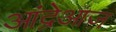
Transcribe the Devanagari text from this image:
आंद्रेआज़